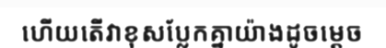
ហើយតើវាខុសប្លែកគ្នាយ៉ាងដូចម្តេច